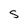
Character: s